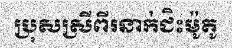
ប្រុសស្រីពីរនាក់ជិះម៉ូតូ